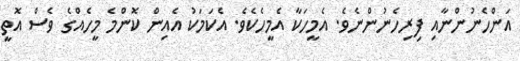
އަންހެނުންނާއި ފިރިހެނުންނެވެ. އެމީހަކާ އެމީހެކެވެ. އެކަމަކު އެއިން ކޮންމެ މީހެއްގެ ވެސް އޮތީ